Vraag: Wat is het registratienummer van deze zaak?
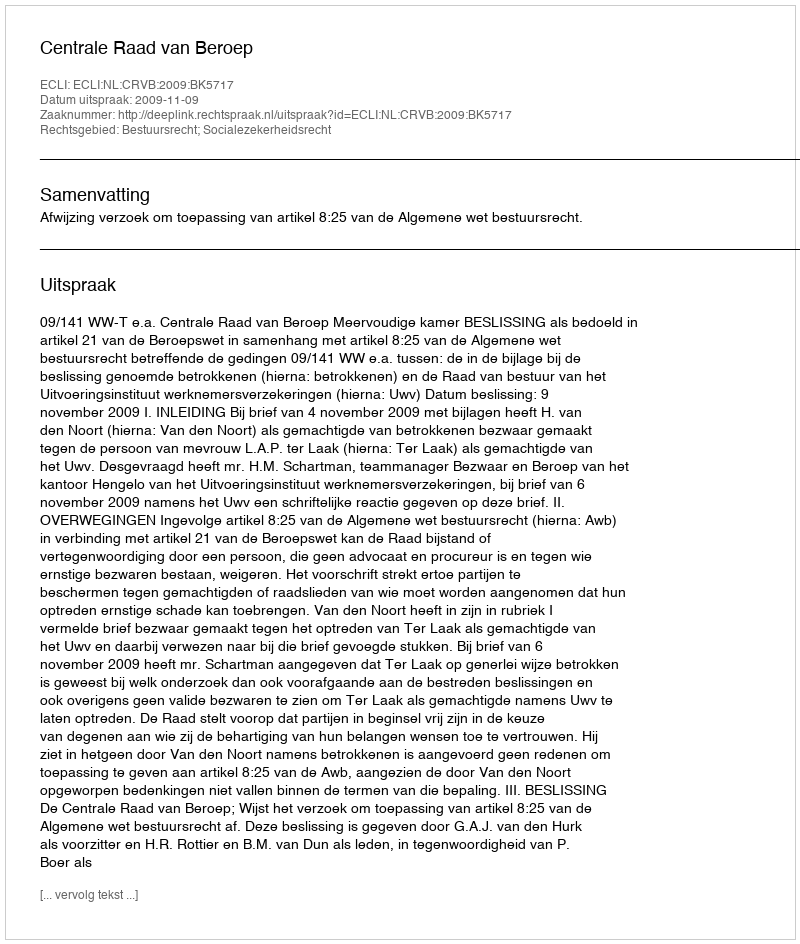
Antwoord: http://deeplink.rechtspraak.nl/uitspraak?id=ECLI:NL:CRVB:2009:BK5717